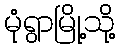
မုံရွာမြို့သို့